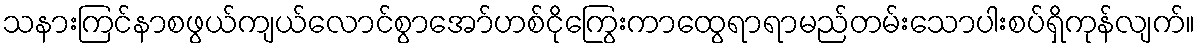
သနားကြင်နာစဖွယ်ကျယ်လောင်စွာအော်ဟစ်ငိုကြွေးကာထွေရာရာမည်တမ်းသောပါးစပ်ရှိကုန်လျက်။